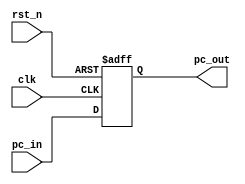
module PC(
input             clk,
input             rst_n,
input   [31:0]    pc_in,
output  [31:0]    pc_out
);

reg   [31:0]   pcreg_out;

always @(posedge clk or negedge rst_n)
begin
    if(!rst_n)
        pcreg_out <= 32'b0;
    else
        pcreg_out <= pc_in;
end

assign pc_out = pcreg_out;

endmodule